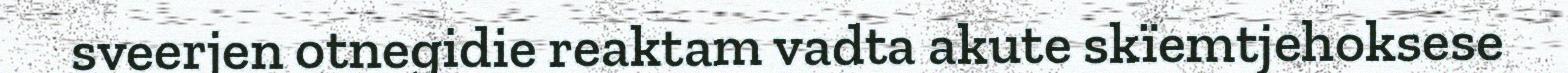
sveerjen otnegidie reaktam vadta akute skïemtjehoksese